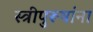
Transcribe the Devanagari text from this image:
स्त्रीपुरूषांना